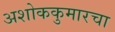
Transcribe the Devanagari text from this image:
अशोककुमारचा